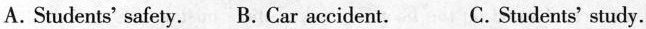
A.Students' safety. B.Car accident. C.Students' study.